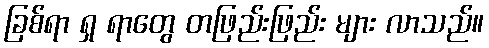
ခြစ်ရာ ရှ ရာတွေ တဖြည်းဖြည်း များ လာသည်။